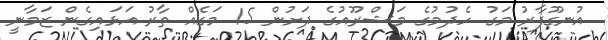
އުނގޫފާރު މަގު ހެދުމުގެ މަޝްރޫއުގެ ދަށުން 15 މަގެއް ތާރު އަޅައިގެން ޒަމާނީ